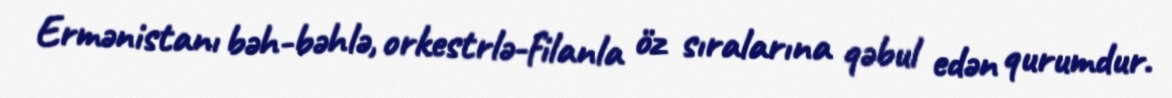
Ermənistanı bəh-bəhlə, orkestrlə-filanla öz sıralarına qəbul edən qurumdur.